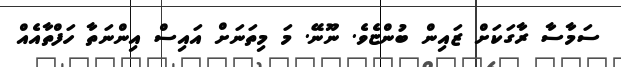
ސަމާސާ ރާގަކަށް ޒައިން ބުންޏެވެ. ނޫނޭ. މަ މިތަނަށް އައިސް އިންނަތާ ހަފްތާއެއް